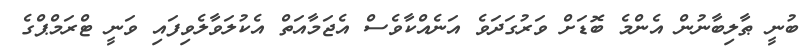
ބުނީ ޠާލިބާނުން އެންމެ ބޮޑަށް ވަރުގަދަވެ އަނެއްކާވެސް އެޖަމާއަތް އެކުލަވާލެވިފައި ވަނީ ޓްރަމްޕްގެ